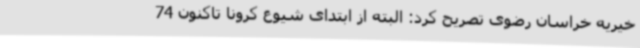
خیریه خراسان رضوی تصریح کرد: البته از ابتدای شیوع کرونا تاکنون 74